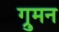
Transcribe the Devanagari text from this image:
ग्रुमन